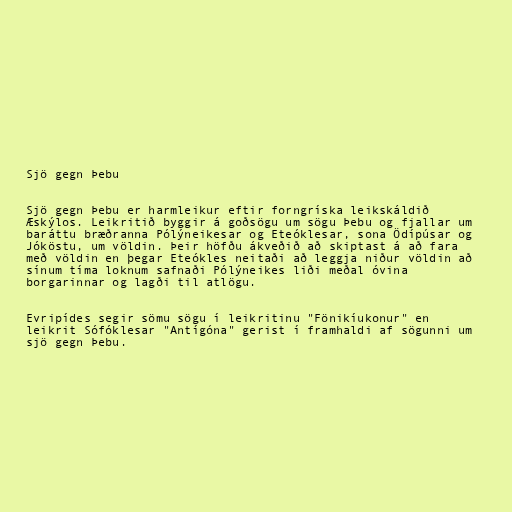
Sjö gegn Þebu

Sjö gegn Þebu er harmleikur eftir forngríska leikskáldið
Æskýlos. Leikritið byggir á goðsögu um sögu Þebu og fjallar um
baráttu bræðranna Pólýneikesar og Eteóklesar, sona Ödípúsar og
Jóköstu, um völdin. Þeir höfðu ákveðið að skiptast á að fara
með völdin en þegar Eteókles neitaði að leggja niður völdin að
sínum tíma loknum safnaði Pólýneikes liði meðal óvina
borgarinnar og lagði til atlögu.

Evripídes segir sömu sögu í leikritinu "Fönikíukonur" en
leikrit Sófóklesar "Antígóna" gerist í framhaldi af sögunni um
sjö gegn Þebu.